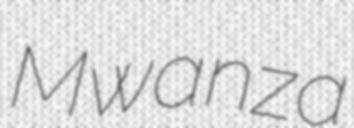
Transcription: Mwanza